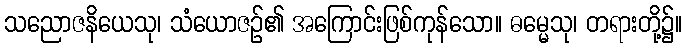
သညောဇနိယေသု၊ သံယောဇဉ်၏ အကြောင်းဖြစ်ကုန်သော။ ဓမ္မေသု၊ တရားတို့၌။